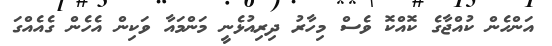
އަންހެން ކުއްޖާގެ ކޮއްކޮ ވެސް މިހާރު ދިރިއުޅެނީ މަންމައާ ވަކިން އެހެން ގެއެއްގަ